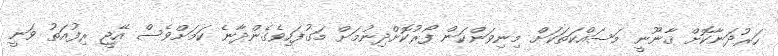
ހަރުދަނާކޮށް ޤާނޫނީ މަސައްކަތަކަށް މިނިވަންކަން ފޯރުކޮށްދިނުމަށް މަގުފަހިވެގެންދާނެ ކަމަށްވެސް އޭޖީ ރިފުއަތު ވަނީ